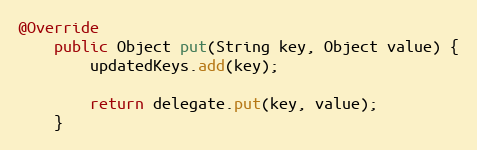
Language: Java
@Override
    public Object put(String key, Object value) {
        updatedKeys.add(key);

        return delegate.put(key, value);
    }